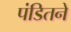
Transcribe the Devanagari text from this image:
पंडितने